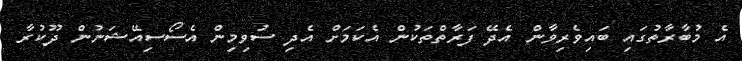
އެ މުބާރާތުގައި ބައިވެރިވާން އެދޭ ފަރާތްތަކުން އެކަމަށް އެދި ސުވިމިން އެސޯސިއޭޝަނުން ދޫކުރާ